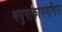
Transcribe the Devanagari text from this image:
मधुपाकोपमगिरा